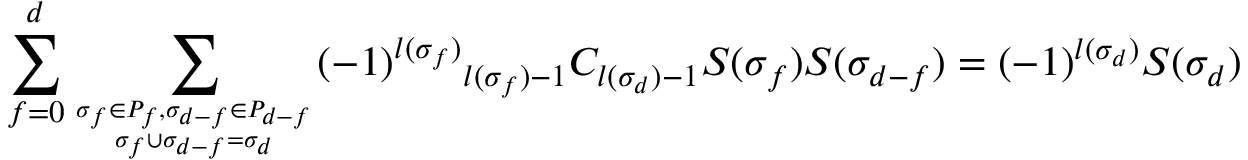
\sum _ { f = 0 } ^ { d } \sum _ { { \sigma _ { f } \in P _ { f } , \sigma _ { d - f } \in P _ { d - f } } \atop { \sigma _ { f } \cup \sigma _ { d - f } = \sigma _ { d } } } ( - 1 ) ^ { l ( \sigma _ { f } ) } { } _ { l ( \sigma _ { f } ) - 1 } C _ { l ( \sigma _ { d } ) - 1 } S ( \sigma _ { f } ) S ( \sigma _ { d - f } ) = ( - 1 ) ^ { l ( \sigma _ { d } ) } S ( \sigma _ { d } )